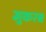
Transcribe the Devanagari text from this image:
मुकरब